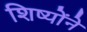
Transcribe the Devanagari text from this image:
शिष्योंने